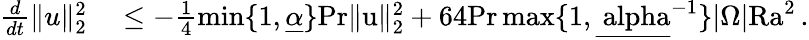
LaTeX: \begin{array}{rl}{\frac{d}{dt}\| u\| _{2}^{2}}&{{}\leq-\frac{1}{4}\operatorname*{min}\lbrace 1,\underline{{\alpha}}\rbrace\mathrm{{Pr}\| u\| _{2}^{2}+64\mathrm{{Pr}\operatorname*{max}\lbrace 1,\underline{{\ alpha}}^{-1}\rbrace|\Omega|\mathrm{{Ra}}^{2}\, .}}}\end{array}